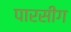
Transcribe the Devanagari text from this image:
पारसीग